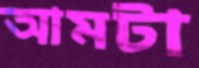
আমটা